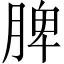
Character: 脾